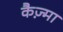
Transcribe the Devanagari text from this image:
कैज़्मा